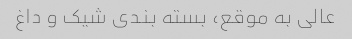
عالی به موقع، بسته بندی شیک و داغ